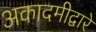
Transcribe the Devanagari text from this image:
अकादमीद्वारे